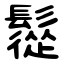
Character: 䰌